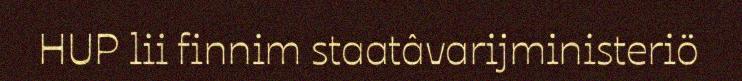
HUP lii finnim staatâvarijministeriö